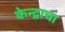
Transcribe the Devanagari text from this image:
केन्द्राचा